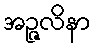
အဉ္ဇလိနာ